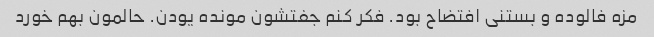
مزه فالوده و بستنی افتضاح بود. فکر کنم جفتشون مونده یودن. حالمون بهم خورد